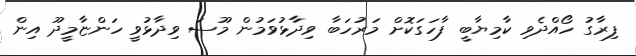
ފިރާގު ހޯއްދެވި ކާމިޔާބީ ފާހަގަކޮށް މަރުހަބާ ވިދާޅުވަމުން މޫސަ ވިދާޅުވީ ހަންޏާމީދޫ އިން